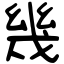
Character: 幾